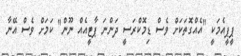
ޕީޕީއެމަކީ "އެއްގޮތަކަށް ވެސް ޑިމޮކްރަސީ ދަންނަ ޕާޓީއެއް ނޫން" ކަމަށް ވެސް އޭނާ